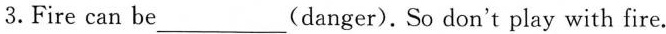
3. Fire can be ___ (danger). So don't play with fire.